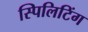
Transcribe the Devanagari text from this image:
स्पिलिटिंग